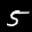
Label: 5